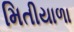
મિતીયાળા